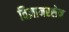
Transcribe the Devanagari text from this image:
विज्ञानरसेन